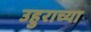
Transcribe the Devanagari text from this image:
उहुराच्या